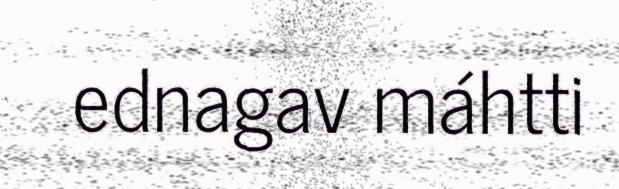
ednagav máhtti